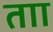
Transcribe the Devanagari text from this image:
ताा